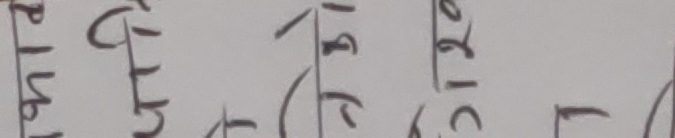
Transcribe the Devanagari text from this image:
उत्तीर्ण।